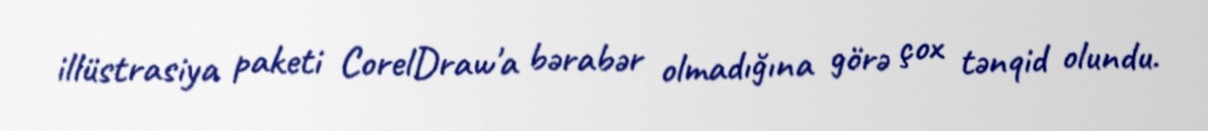
illüstrasiya paketi CorelDraw'a bərabər olmadığına görə çox tənqid olundu.